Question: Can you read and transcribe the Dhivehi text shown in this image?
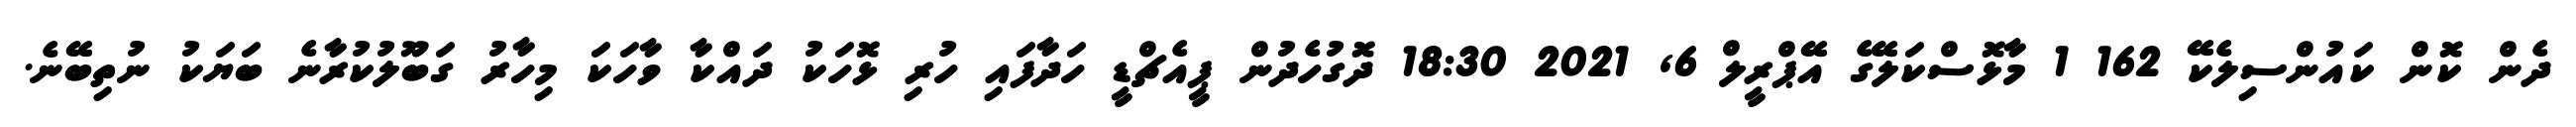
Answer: ދެން ކޮން ކައުންސިލެކޭ 162 1 މާޅޮސްކަލޭގެ އޭޕްރީލް 6, 2021 18:30 ދޮގުހެދުން ޕީއެޗްޑީ ހަދާފައި ހުރި ޅޮހަކު ދައްކާ ވާހަކަ މިހާރު ގަބޫލުކުރާނެ ބަޔަކު ނުތިބޭނެ.